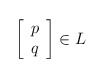
\begin{align*}\left[\begin{array}{c} p\\q\end{array}\right]\in L\end{align*}